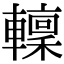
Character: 𨎹